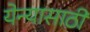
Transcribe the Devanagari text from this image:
येन्यासाठी